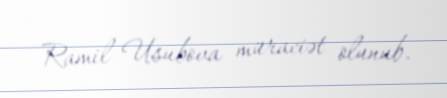
Ramil Usubova müraciət olunub.